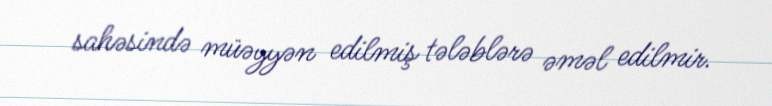
sahəsində müəyyən edilmiş tələblərə əməl edilmir.